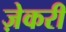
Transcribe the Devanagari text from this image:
ज़ेकरी